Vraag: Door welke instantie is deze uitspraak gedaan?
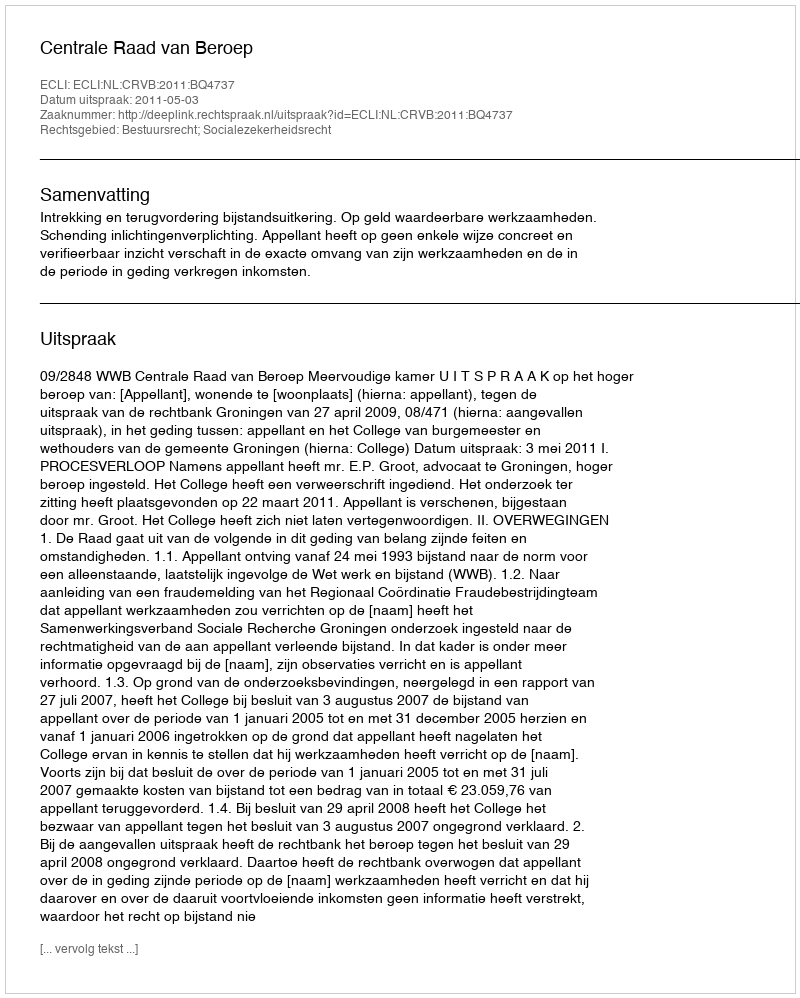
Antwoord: Centrale Raad van Beroep